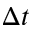
\Delta t